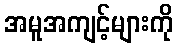
အမူအကျင့်များကို